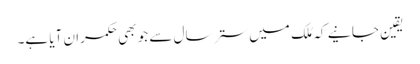
یقین جانیے کہ مُلک میں ستر سال سے جو بھی حکمران آیا ہے۔